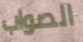
الصواب